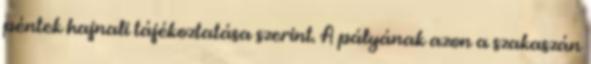
péntek hajnali tájékoztatása szerint. A pályának azon a szakaszán